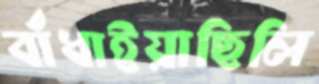
বাঁধাইয়াছিলি